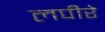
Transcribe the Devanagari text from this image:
लपीरे